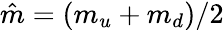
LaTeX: \hat{m}=(m_{u}+m_{d})/2